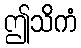
ဤသိကံ